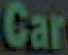
Car